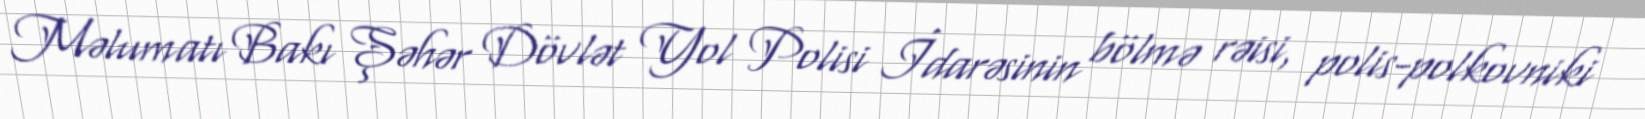
Məlumatı Bakı Şəhər Dövlət Yol Polisi İdarəsinin bölmə rəisi, polis-polkovniki